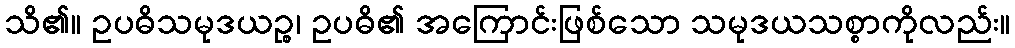
သိ၏။ ဥပဓိသမုဒယဉ္စ၊ ဥပဓိ၏ အကြောင်းဖြစ်သော သမုဒယသစ္စာကိုလည်း။